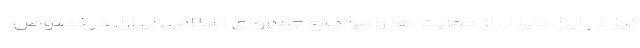
نیز در این دیدار، از حمایت ها و مواضع جمهوری اسلامی ایران درخصوص